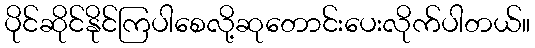
ပိုင်ဆိုင်နိုင်ကြပါစေလို့ဆုတောင်းပေးလိုက်ပါတယ်။